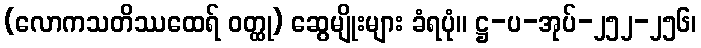
(လောကသတိဿထေရ် ဝတ္ထု) ဆွေမျိုးများ ခံရပုံ။ ဋ္ဌ-ပ-အုပ်-၂၅၂-၂၅၆၊